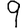
Digit: 9